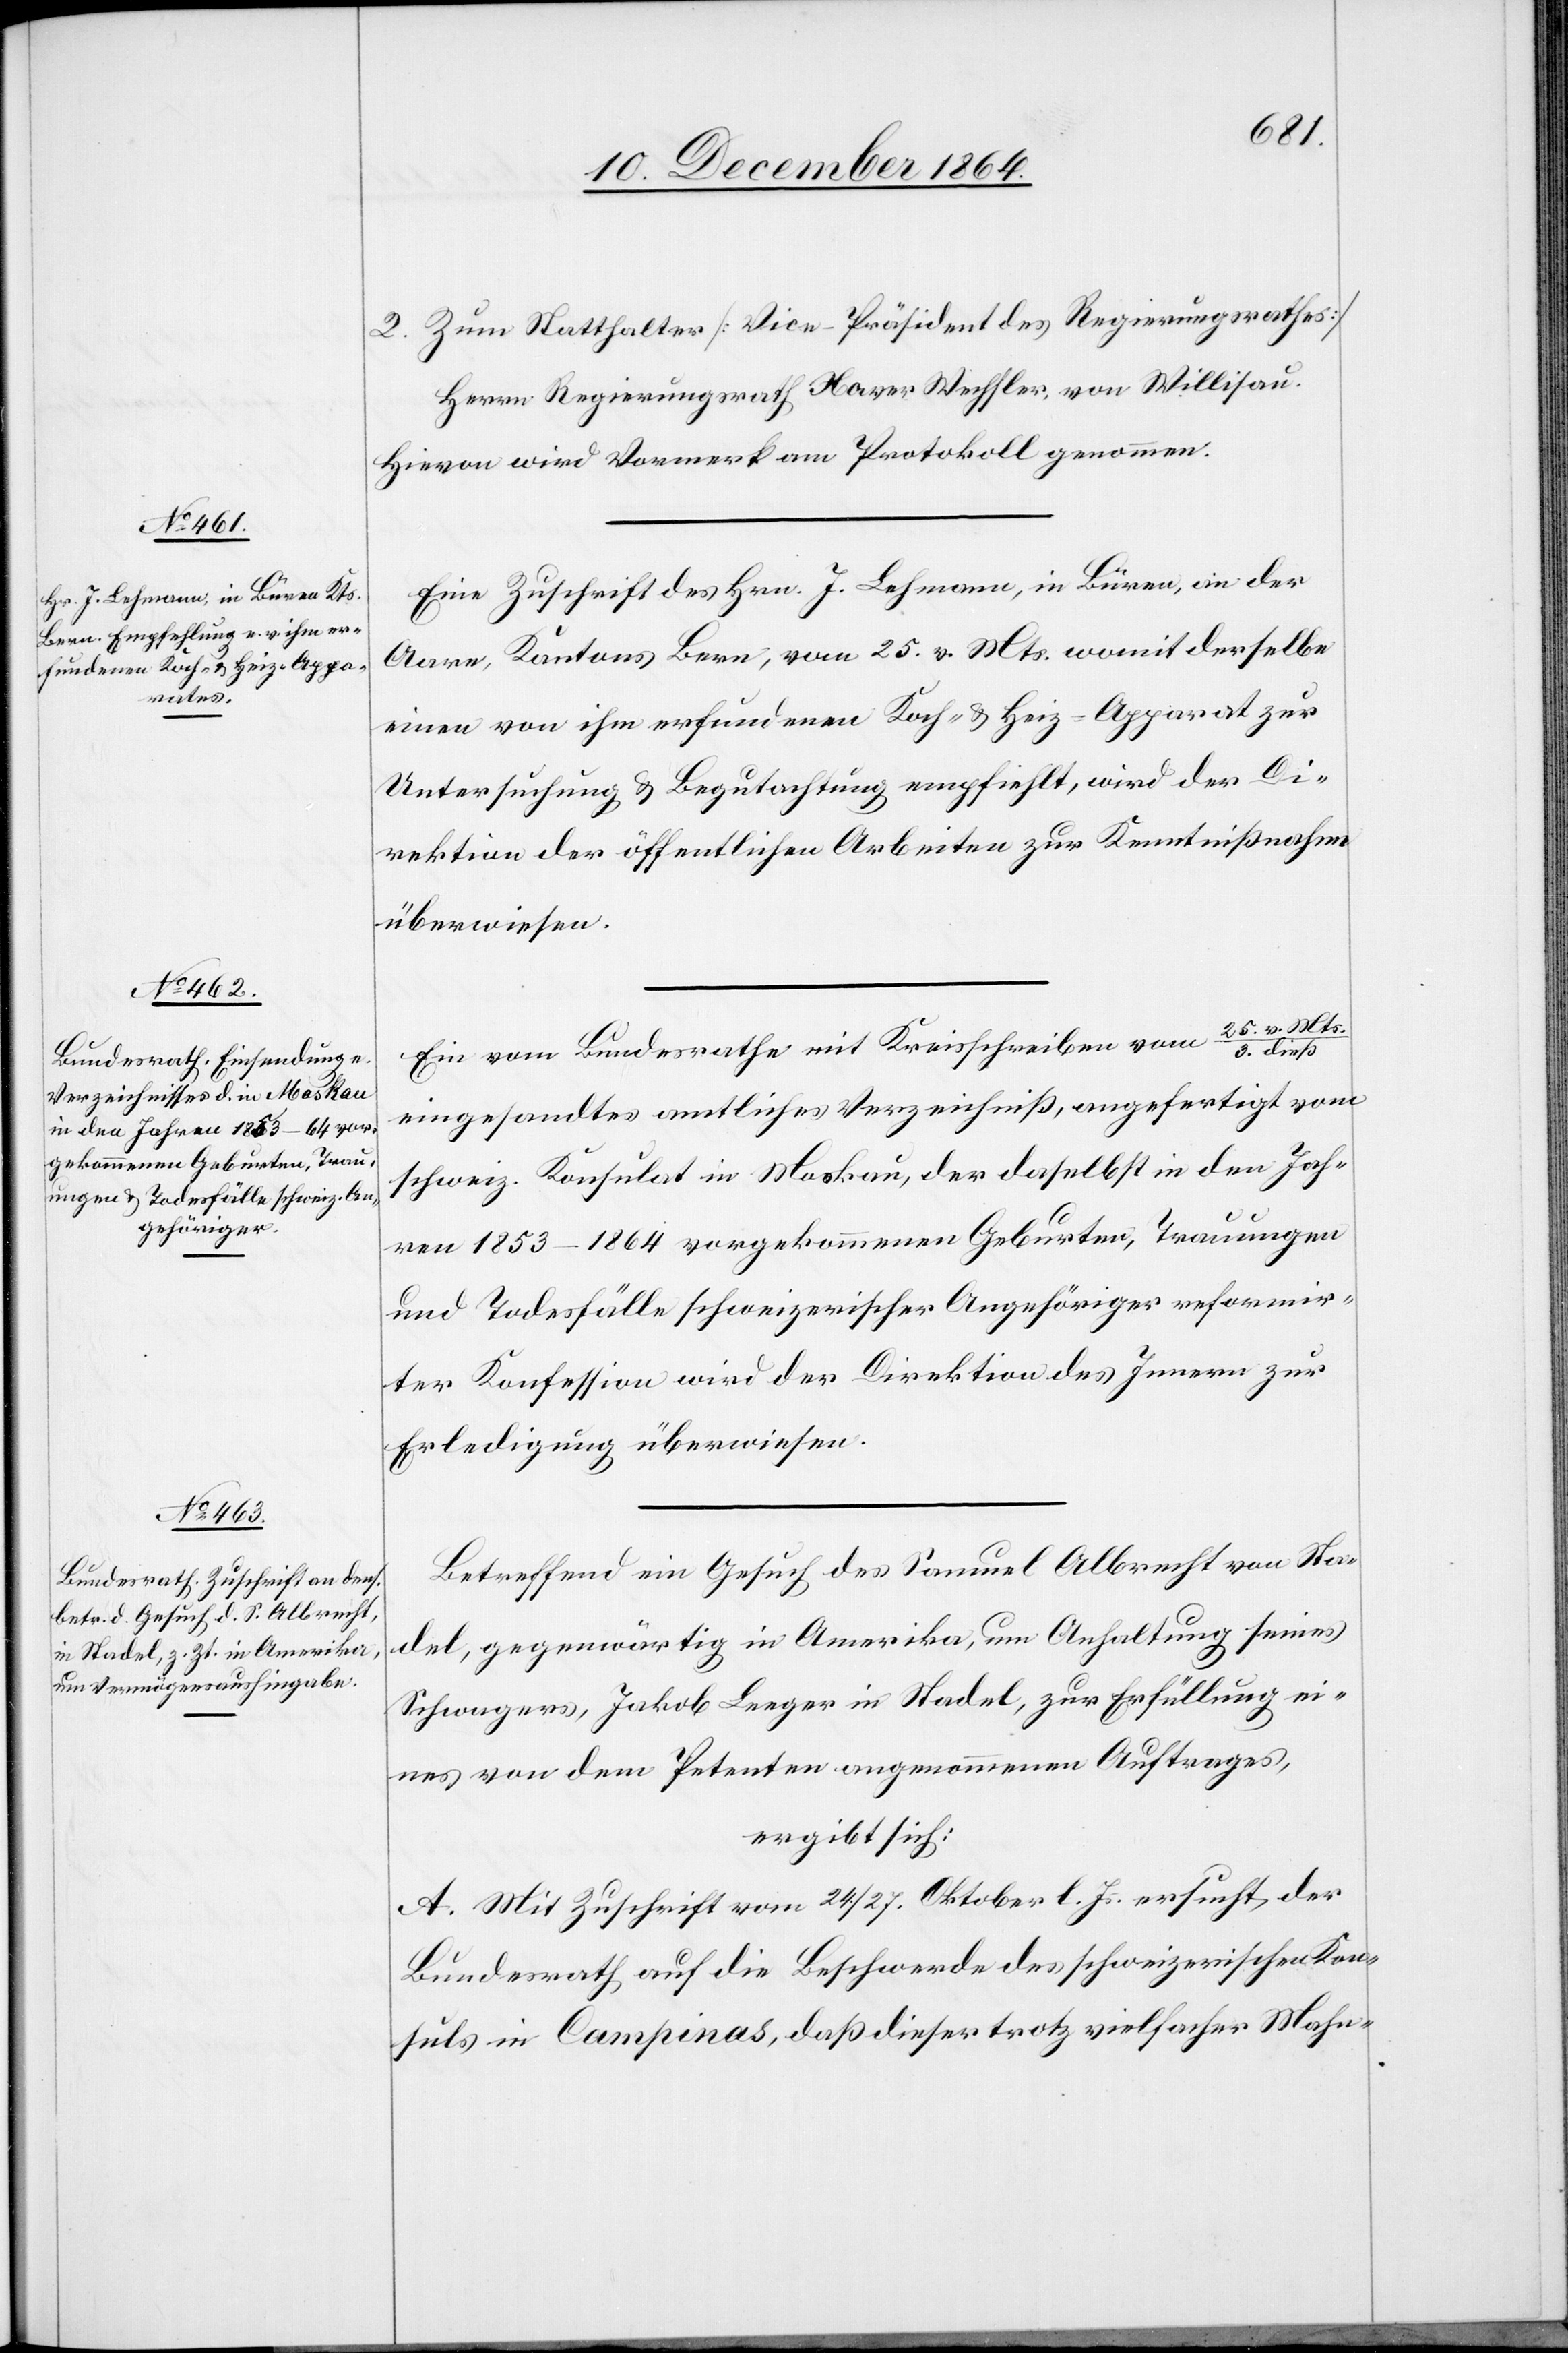
2. Zum Statthalter [Vice-Präsident des Regierungsrathes]
Herrn Regierungsrath Xaver Wechsler, von Willisau.
Hievon wird Vormerk am Protokoll genommen.
Eine Zuschrift des Hrn. J. Lehman, in Büren, an der
Aare, Kantons Bern, vom 25. v. Mts. womit derselbe
einen von ihm erfundenen Koch- & Heiz-Apparat zur
Untersuchung & Begutachtung empfiehlt, wird der Di¬
rektion der öffentlichen Arbeiten zur Kenntnißnahme
überwiesen.
Ein vom Bundesrathe mit Kreisschreiben vom 25. v. Mts./3.
eingesandtes amtliches Verzeichniß, angefertigt vom
schweiz. Konsulat in Moskau, der daselbst in den Jah¬
ren 1853–1864 vorgekommenen Geburten, Trauungen
und Todesfälle schweizerischer Angehöriger reformir¬
ter Konfession wird der Direktion des Innern zur
Erledigung überwiesen.
Betreffend ein Gesuch des Samuel Albrecht von Sta¬
del, gegenwärtig in Amerika, um Anhaltung seines
Schwagers, Jakob Leeger in Stadel, zur Erfüllung ei¬
nes von dem Petenten angenommenen Auftrages,
ergibt sich:
A. Mit Zuschrift vom 24./27. Oktober l. Js. ersucht der
Bundesrath auf die Beschwerde des schweizerischen Kon¬
suls in Campinas, daß dieser trotz vielfacher Mahn-